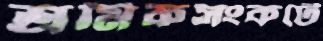
শ্রমিকসংকটে